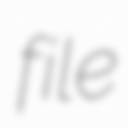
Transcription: file